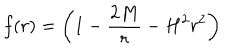
LaTeX: f ( r ) = \left( 1 - { \frac { 2 M } { r } } - H ^ { 2 } r ^ { 2 } \right)